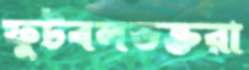
ফুটবলভক্তরা